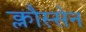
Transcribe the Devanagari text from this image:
क्लौस्सेन